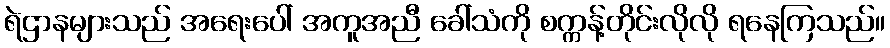
ရဲဌာနများသည် အရေးပေါ် အကူအညီ ခေါ်သံကို စက္ကန့်တိုင်းလိုလို ရနေကြသည်။